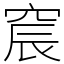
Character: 䆣